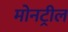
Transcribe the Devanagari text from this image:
मोनट्रील